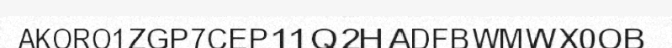
AKORO1ZGP7CEP11Q2HADFBWMWX0OB